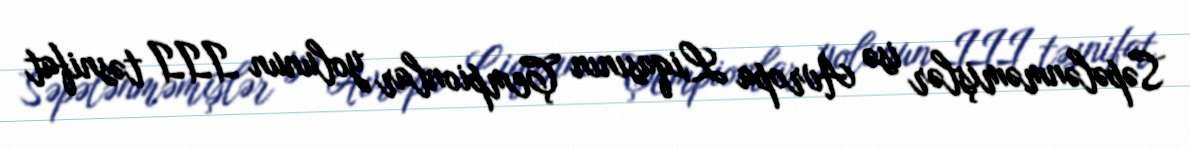
Səpələnməmişlər isə Avropa Liqasının Çempionlar yolunun III təsnifat